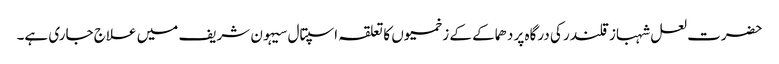
حضرت لعل شہباز قلندر کی درگاہ پر دھماکے کے زخمیوں کا تعلقہ اسپتال سیہون شریف میں علاج جاری ہے۔